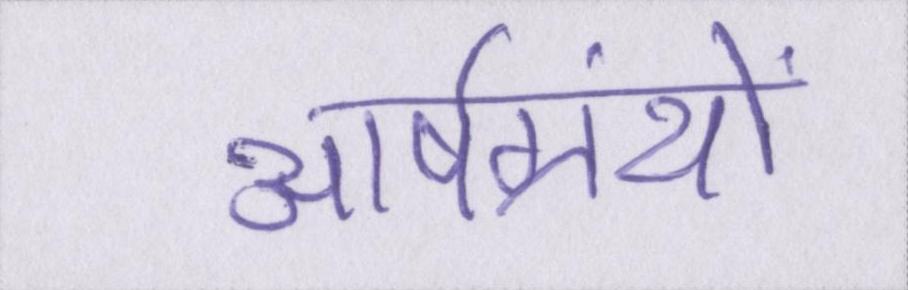
आर्षग्रंथों